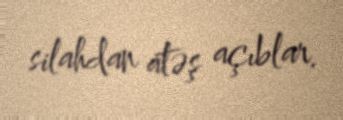
silahdan atəş açıblar.